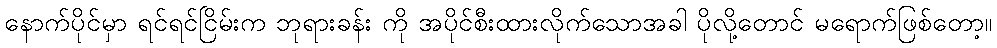
နောက်ပိုင်မှာ ရင်ရင်ငြိမ်းက ဘုရားခန်း ကို အပိုင်စီးထားလိုက်သောအခါ ပိုလို့တောင် မရောက်ဖြစ်တော့။